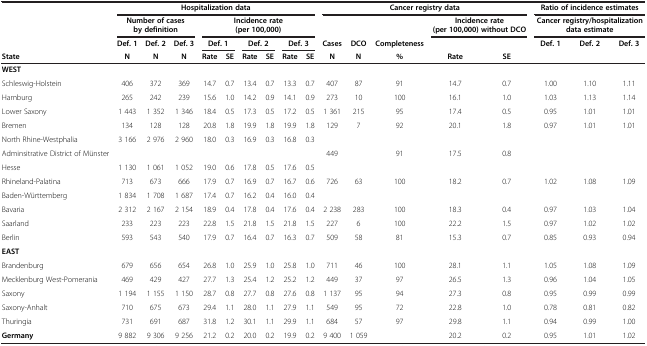
<table><thead><tr><td><b> </b></td><td colspan="9"><b>Hospitalization data</b></td><td colspan="5"><b>Cancer registry data</b></td><td colspan="3"><b>Ratio of incidence estimates</b></td></tr><tr><td><b> </b></td><td colspan="3"><b>Number of cases by definition</b></td><td colspan="6"><b>Incidence rate (per 100,000)</b></td><td><b> </b></td><td><b> </b></td><td><b> </b></td><td colspan="2"><b>Incidence rate (per 100,000) without DCO</b></td><td colspan="3"><b>Cancer registry/hospitalization data estimate</b></td></tr><tr><td><b> </b></td><td><b>Def. 1</b></td><td><b>Def. 2</b></td><td><b>Def. 3</b></td><td colspan="2"><b>Def. 1</b></td><td colspan="2"><b>Def. 2</b></td><td colspan="2"><b>Def. 3</b></td><td><b>Cases</b></td><td><b>DCO</b></td><td><b>Completeness</b></td><td><b> </b></td><td><b> </b></td><td><b>Def. 1</b></td><td><b>Def. 2</b></td><td><b>Def. 3</b></td></tr><tr><td><b>State</b></td><td><b>N</b></td><td><b>N</b></td><td><b>N</b></td><td><b>Rate</b></td><td><b>SE</b></td><td><b>Rate</b></td><td><b>SE</b></td><td><b>Rate</b></td><td><b>SE</b></td><td><b>N</b></td><td><b>N</b></td><td><b>%</b></td><td><b>Rate</b></td><td><b>SE</b></td><td><b> </b></td><td><b> </b></td><td><b> </b></td></tr></thead><tbody><tr><td><b>WEST</b></td><td> </td><td> </td><td> </td><td> </td><td> </td><td> </td><td> </td><td> </td><td> </td><td> </td><td> </td><td> </td><td> </td><td> </td><td> </td><td> </td><td> </td></tr><tr><td>Schleswig-Holstein</td><td>406</td><td>372</td><td>369</td><td>14.7</td><td>0.7</td><td>13.4</td><td>0.7</td><td>13.3</td><td>0.7</td><td>407</td><td>87</td><td>91</td><td>14.7</td><td>0.7</td><td>1.00</td><td>1.10</td><td>1.11</td></tr><tr><td>Hamburg</td><td>265</td><td>242</td><td>239</td><td>15.6</td><td>1.0</td><td>14.2</td><td>0.9</td><td>14.1</td><td>0.9</td><td>273</td><td>10</td><td>100</td><td>16.1</td><td>1.0</td><td>1.03</td><td>1.13</td><td>1.14</td></tr><tr><td>Lower Saxony</td><td>1 443</td><td>1 352</td><td>1 346</td><td>18.4</td><td>0.5</td><td>17.3</td><td>0.5</td><td>17.2</td><td>0.5</td><td>1 361</td><td>215</td><td>95</td><td>17.4</td><td>0.5</td><td>0.95</td><td>1.01</td><td>1.01</td></tr><tr><td>Bremen</td><td>134</td><td>128</td><td>128</td><td>20.8</td><td>1.8</td><td>19.9</td><td>1.8</td><td>19.9</td><td>1.8</td><td>129</td><td>7</td><td>92</td><td>20.1</td><td>1.8</td><td>0.97</td><td>1.01</td><td>1.01</td></tr><tr><td>North Rhine-Westphalia</td><td>3 166</td><td>2 976</td><td>2 960</td><td>18.0</td><td>0.3</td><td>16.9</td><td>0.3</td><td>16.8</td><td>0.3</td><td> </td><td> </td><td> </td><td> </td><td> </td><td> </td><td> </td><td> </td></tr><tr><td>Adminsitrative District of Münster</td><td> </td><td> </td><td> </td><td> </td><td> </td><td> </td><td> </td><td> </td><td> </td><td>449</td><td> </td><td>91</td><td>17.5</td><td>0.8</td><td> </td><td> </td><td> </td></tr><tr><td>Hesse</td><td>1 130</td><td>1 061</td><td>1 052</td><td>19.0</td><td>0.6</td><td>17.8</td><td>0.5</td><td>17.6</td><td>0.5</td><td> </td><td> </td><td> </td><td> </td><td> </td><td> </td><td> </td><td> </td></tr><tr><td>Rhineland-Palatina</td><td>713</td><td>673</td><td>666</td><td>17.9</td><td>0.7</td><td>16.9</td><td>0.7</td><td>16.7</td><td>0.6</td><td>726</td><td>63</td><td>100</td><td>18.2</td><td>0.7</td><td>1.02</td><td>1.08</td><td>1.09</td></tr><tr><td>Baden-Württemberg</td><td>1 834</td><td>1 708</td><td>1 687</td><td>17.4</td><td>0.7</td><td>16.2</td><td>0.4</td><td>16.0</td><td>0.4</td><td> </td><td> </td><td> </td><td> </td><td> </td><td> </td><td> </td><td> </td></tr><tr><td>Bavaria</td><td>2 312</td><td>2 167</td><td>2 154</td><td>18.9</td><td>0.4</td><td>17.8</td><td>0.4</td><td>17.6</td><td>0.4</td><td>2 238</td><td>283</td><td>100</td><td>18.3</td><td>0.4</td><td>0.97</td><td>1.03</td><td>1.04</td></tr><tr><td>Saarland</td><td>233</td><td>223</td><td>223</td><td>22.8</td><td>1.5</td><td>21.8</td><td>1.5</td><td>21.8</td><td>1.5</td><td>227</td><td>6</td><td>100</td><td>22.2</td><td>1.5</td><td>0.97</td><td>1.02</td><td>1.02</td></tr><tr><td>Berlin</td><td>593</td><td>543</td><td>540</td><td>17.9</td><td>0.7</td><td>16.4</td><td>0.7</td><td>16.3</td><td>0.7</td><td>509</td><td>58</td><td>81</td><td>15.3</td><td>0.7</td><td>0.85</td><td>0.93</td><td>0.94</td></tr><tr><td><b>EAST</b></td><td> </td><td> </td><td> </td><td> </td><td> </td><td> </td><td> </td><td> </td><td> </td><td> </td><td> </td><td> </td><td> </td><td> </td><td> </td><td> </td><td> </td></tr><tr><td>Brandenburg</td><td>679</td><td>656</td><td>654</td><td>26.8</td><td>1.0</td><td>25.9</td><td>1.0</td><td>25.8</td><td>1.0</td><td>711</td><td>46</td><td>100</td><td>28.1</td><td>1.1</td><td>1.05</td><td>1.08</td><td>1.09</td></tr><tr><td>Mecklenburg West-Pomerania</td><td>469</td><td>429</td><td>427</td><td>27.7</td><td>1.3</td><td>25.4</td><td>1.2</td><td>25.2</td><td>1.2</td><td>449</td><td>37</td><td>97</td><td>26.5</td><td>1.3</td><td>0.96</td><td>1.04</td><td>1.05</td></tr><tr><td>Saxony</td><td>1 194</td><td>1 155</td><td>1 150</td><td>28.7</td><td>0.8</td><td>27.7</td><td>0.8</td><td>27.6</td><td>0.8</td><td>1 137</td><td>95</td><td>94</td><td>27.3</td><td>0.8</td><td>0.95</td><td>0.99</td><td>0.99</td></tr><tr><td>Saxony-Anhalt</td><td>710</td><td>675</td><td>673</td><td>29.4</td><td>1.1</td><td>28.0</td><td>1.1</td><td>27.9</td><td>1.1</td><td>549</td><td>95</td><td>72</td><td>22.8</td><td>1.0</td><td>0.78</td><td>0.81</td><td>0.82</td></tr><tr><td>Thuringia</td><td>731</td><td>691</td><td>687</td><td>31.8</td><td>1.2</td><td>30.1</td><td>1.1</td><td>29.9</td><td>1.1</td><td>684</td><td>57</td><td>97</td><td>29.8</td><td>1.1</td><td>0.94</td><td>0.99</td><td>1.00</td></tr><tr><td><b>Germany</b></td><td>9 882</td><td>9 306</td><td>9 256</td><td>21.2</td><td>0.2</td><td>20.0</td><td>0.2</td><td>19.9</td><td>0.2</td><td>9 400</td><td>1 059</td><td> </td><td>20.2</td><td>0.2</td><td>0.95</td><td>1.01</td><td>1.02</td></tr></tbody></table>